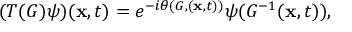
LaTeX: ( T ( G ) \psi ) ( { \bf x } , t ) = e ^ { - i \theta ( G , ( { \bf x } , t ) ) } \psi ( G ^ { - 1 } ( { \bf x } , t ) ) ,